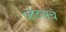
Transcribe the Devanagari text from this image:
प्लेटसचे